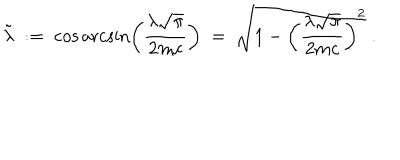
\tilde { \lambda } \; : = \; \cos \operatorname { a r c s i n } \left( \frac { \lambda \sqrt { \pi } } { 2 m c } \right) \; = \; \sqrt { 1 - \left( \frac { \lambda \sqrt { \pi } } { 2 m c } \right) ^ { 2 } } \; .